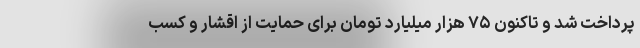
پرداخت شد و تاکنون ۷۵ هزار میلیارد تومان برای حمایت از اقشار و کسب